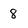
Character: 8